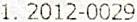
1. 2012-0029